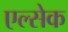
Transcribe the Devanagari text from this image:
एल्सेक